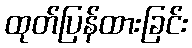
ထုတ်ပြန်ထားခြင်း